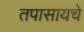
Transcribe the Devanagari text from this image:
तपासायचे